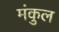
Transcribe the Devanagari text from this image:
मंकुल